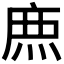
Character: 𮭱